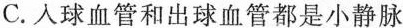
C.人球血管和出球血管都是小静脉